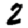
Digit: 2